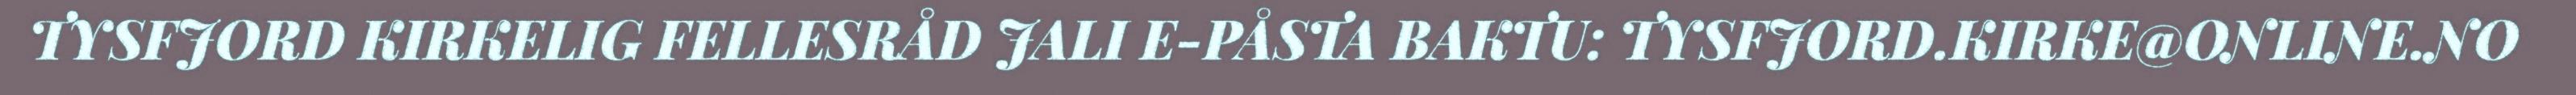
TYSFJORD KIRKELIG FELLESRÅD JALI E-PÅSTA BAKTU: TYSFJORD.KIRKE@ONLINE.NO